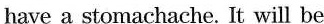
have a stomachache. It will be